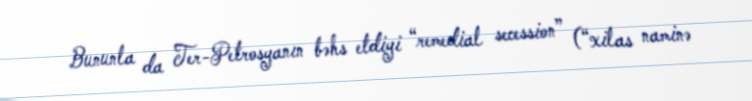
Bununla da Ter-Petrosyanın bəhs etdiyi “remedial secession” (“xilas naminə